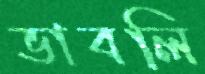
ভাবলি